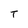
Character: T